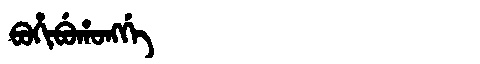
Manchu: ᠪᠣᡥᡳᠪᡠᡥᠣᠩᡤᡝ
Romanization: BOHIBUHONGGE